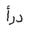
درأ